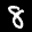
Label: 8